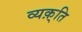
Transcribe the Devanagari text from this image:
व्यक़्ति